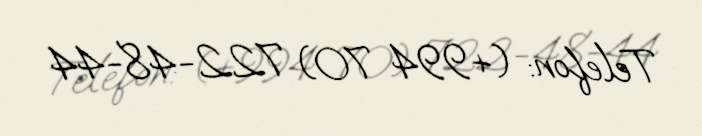
Telefon: (+994 70) 722-48-44